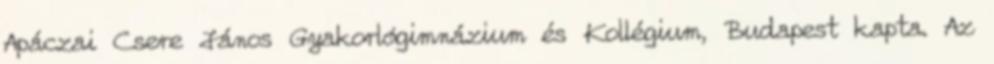
Apáczai Csere János Gyakorlógimnázium és Kollégium, Budapest kapta. Az